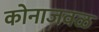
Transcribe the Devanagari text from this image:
कोनाजवळ